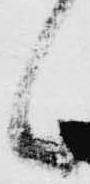
候